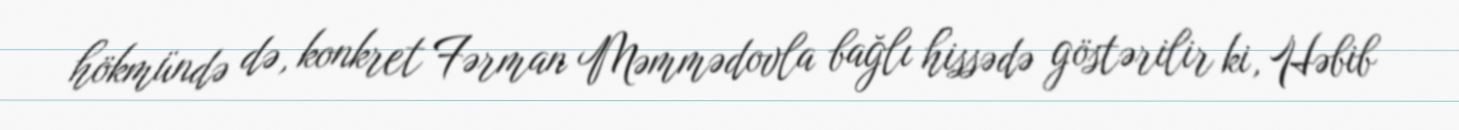
hökmündə də, konkret Fərman Məmmədovla bağlı hissədə göstərilir ki, Həbib